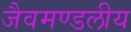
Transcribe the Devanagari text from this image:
जैवमण्डलीय